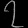
Digit: ၇